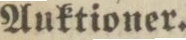
Auktioner.